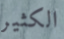
الكثير